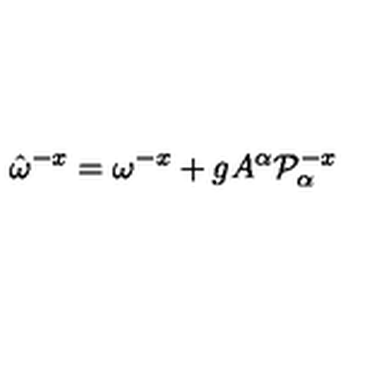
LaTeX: \hat { \omega } ^ { - x } = \omega ^ { - x } + g A ^ { \alpha } { \cal P } _ { \alpha } ^ { - x }